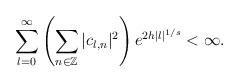
LaTeX: \begin{align*}\sum\limits_{l = 0} ^{\infty} \left ( \sum_{n\in \mathbb Z} |c_{l,n}|^2 \right )e^{2h|l|^{1/s}} < \infty.\end{align*}